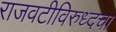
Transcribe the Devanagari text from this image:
राजवटीविरुध्दचा